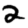
Digit: 2